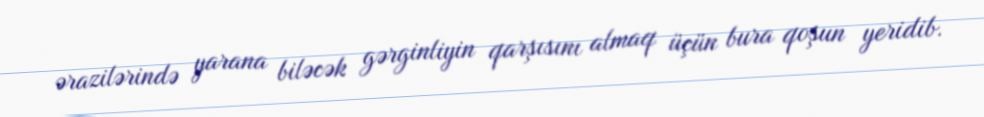
ərazilərində yarana biləcək gərginliyin qarşısını almaq üçün bura qoşun yeridib.